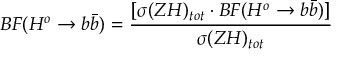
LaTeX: B F ( H ^ { o } \rightarrow b \bar { b } ) = \frac { [ \sigma ( Z H ) _ { t o t } \cdot B F ( H ^ { o } \rightarrow b \bar { b } ) ] } { \sigma ( Z H ) _ { t o t } }